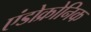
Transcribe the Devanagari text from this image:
एंडोक्रोनिक